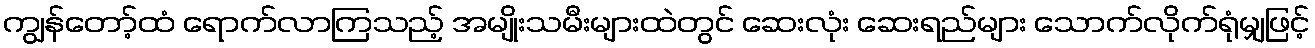
ကျွန်တော့်ထံ ရောက်လာကြသည့် အမျိုးသမီးများထဲတွင် ဆေးလုံး ဆေးရည်များ သောက်လိုက်ရုံမျှဖြင့်